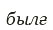
былғ